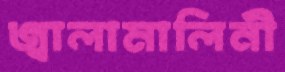
জ্বালামালিনী